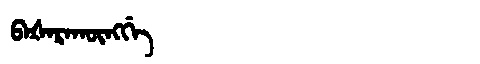
Manchu: ᠪᠠᡧᠠᡵᠠᡴᡡᠩᡤᡝ
Romanization: BAŠARAKŪNGGE